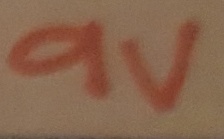
Text: 9V